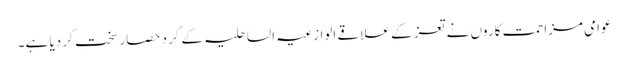
عوامی مزاحمت کاروں نے تعز کے علاقے الوازعیہ الساحلیہ کے گرد حصار سخت کر دیا ہے۔